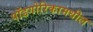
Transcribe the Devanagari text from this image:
पॉडगोरिकामधील